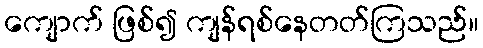
ကျောက် ဖြစ်၍ ကျန်ရစ်နေတတ်ကြသည်။